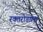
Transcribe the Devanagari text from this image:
रक्तरोडाला